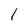
Character: 1